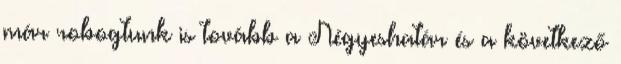
már robogtunk is tovább a Négyeshatár és a következő